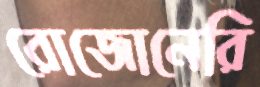
রোজোনেরি